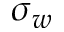
\sigma _ { w }